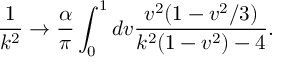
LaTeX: \frac { 1 } { k ^ { 2 } } \rightarrow \frac { \alpha } { \pi } \int _ { 0 } ^ { 1 } d v \frac { v ^ { 2 } ( 1 - v ^ { 2 } / 3 ) } { k ^ { 2 } ( 1 - v ^ { 2 } ) - 4 } .